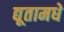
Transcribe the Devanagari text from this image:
द्यूतामधे